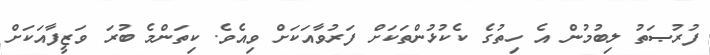
ފުރުޞަތު ލިބުމުން އެ ހިތުގެ ކެކުޅުންތަކަށް ފަރުވާއަކަށް ވިއެވެ. ކިތަންމެ ބުރަ ވަޒީފާއަކަށް